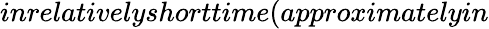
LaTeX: inrelativelyshorttime(approximatelyin